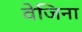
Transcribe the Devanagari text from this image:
वेजिना